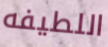
اللطيفه